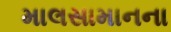
માલસામાનના